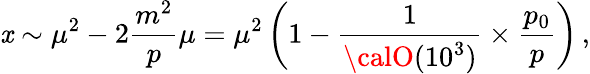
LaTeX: \mathit{x}\sim\mu^{2}-2\frac{{m^{2}}}{{p}}\mu=\mu^{2}\left(1-\frac{{1}}{{{\calO}(10^{3})}}\times\frac{{p_{0}}}{{p}}\right)\, ,